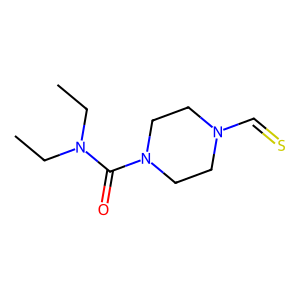
SMILES: CCN(CC)C(=O)N1CCN(C=S)CC1
Inhibits HIV replication: No